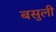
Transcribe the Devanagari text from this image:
बसुली